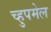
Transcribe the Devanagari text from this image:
च्हुपमेल